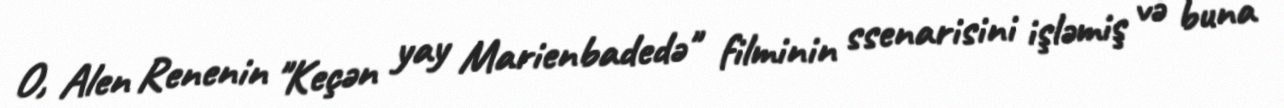
O, Alen Renenin "Keçən yay Marienbadedə" filminin ssenarisini işləmiş və buna